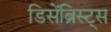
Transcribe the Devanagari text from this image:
डिसेंब्रिस्ट्स